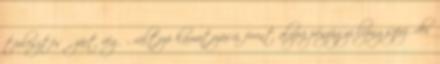
törlesztésű, zárt végű, változó kamatozású, forint alapú pénzügyi lízingszerződés